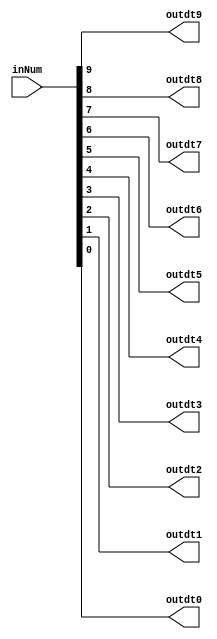
module output_l(inNum,outdt9,outdt8,outdt7,outdt6,outdt5,outdt4,outdt3,outdt2,outdt1,outdt0);
	input [31:0] inNum;
	output outdt9,outdt8,outdt7,outdt6,outdt5,outdt4,outdt3,outdt2,outdt1,outdt0;
	
	assign outdt9=inNum[9];
	assign outdt8=inNum[8];
	assign outdt7=inNum[7];
	assign outdt6=inNum[6];
	assign outdt5=inNum[5];
	assign outdt4=inNum[4];
	assign outdt3=inNum[3];
	assign outdt2=inNum[2];
	assign outdt1=inNum[1];
	assign outdt0=inNum[0];
	
endmodule